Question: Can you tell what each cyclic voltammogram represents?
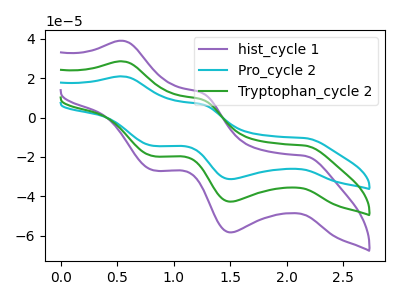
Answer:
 <answer>The purple curve is labeled "hist_cycle 1". The cyan curve is labeled "Pro_cycle 2". The green curve is labeled "Tryptophan_cycle 2".</answer>
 <eval></eval>